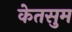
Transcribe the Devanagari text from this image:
केतसुम